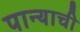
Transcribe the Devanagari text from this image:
पान्याची